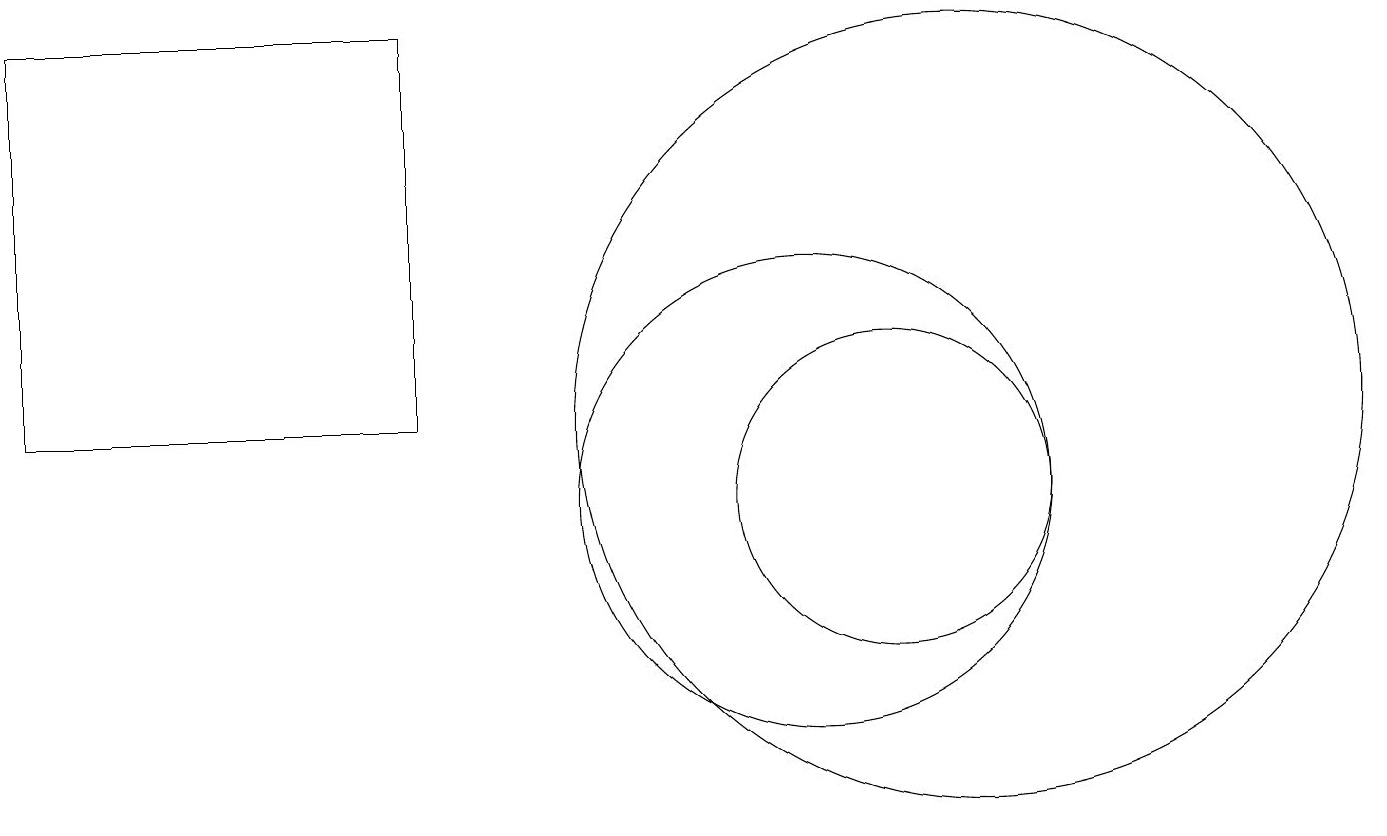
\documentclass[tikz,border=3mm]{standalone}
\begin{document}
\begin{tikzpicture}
\draw (11,10) circle (2);
\draw (0,11) rectangle (5,16);
\draw (12,11) circle (5);
\draw (10,10) circle (3);
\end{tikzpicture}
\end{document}